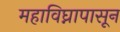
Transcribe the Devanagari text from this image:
महाविघ्नापासून